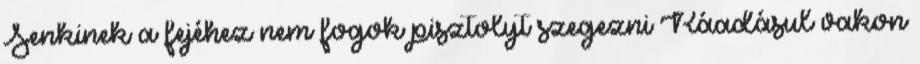
Senkinek a fejéhez nem fogok pisztolyt szegezni Ráadásul vakon